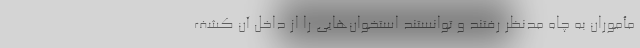
مأموران به چاه مدنظر رفتند و توانستند استخوان‌هایی را از داخل آن کشف